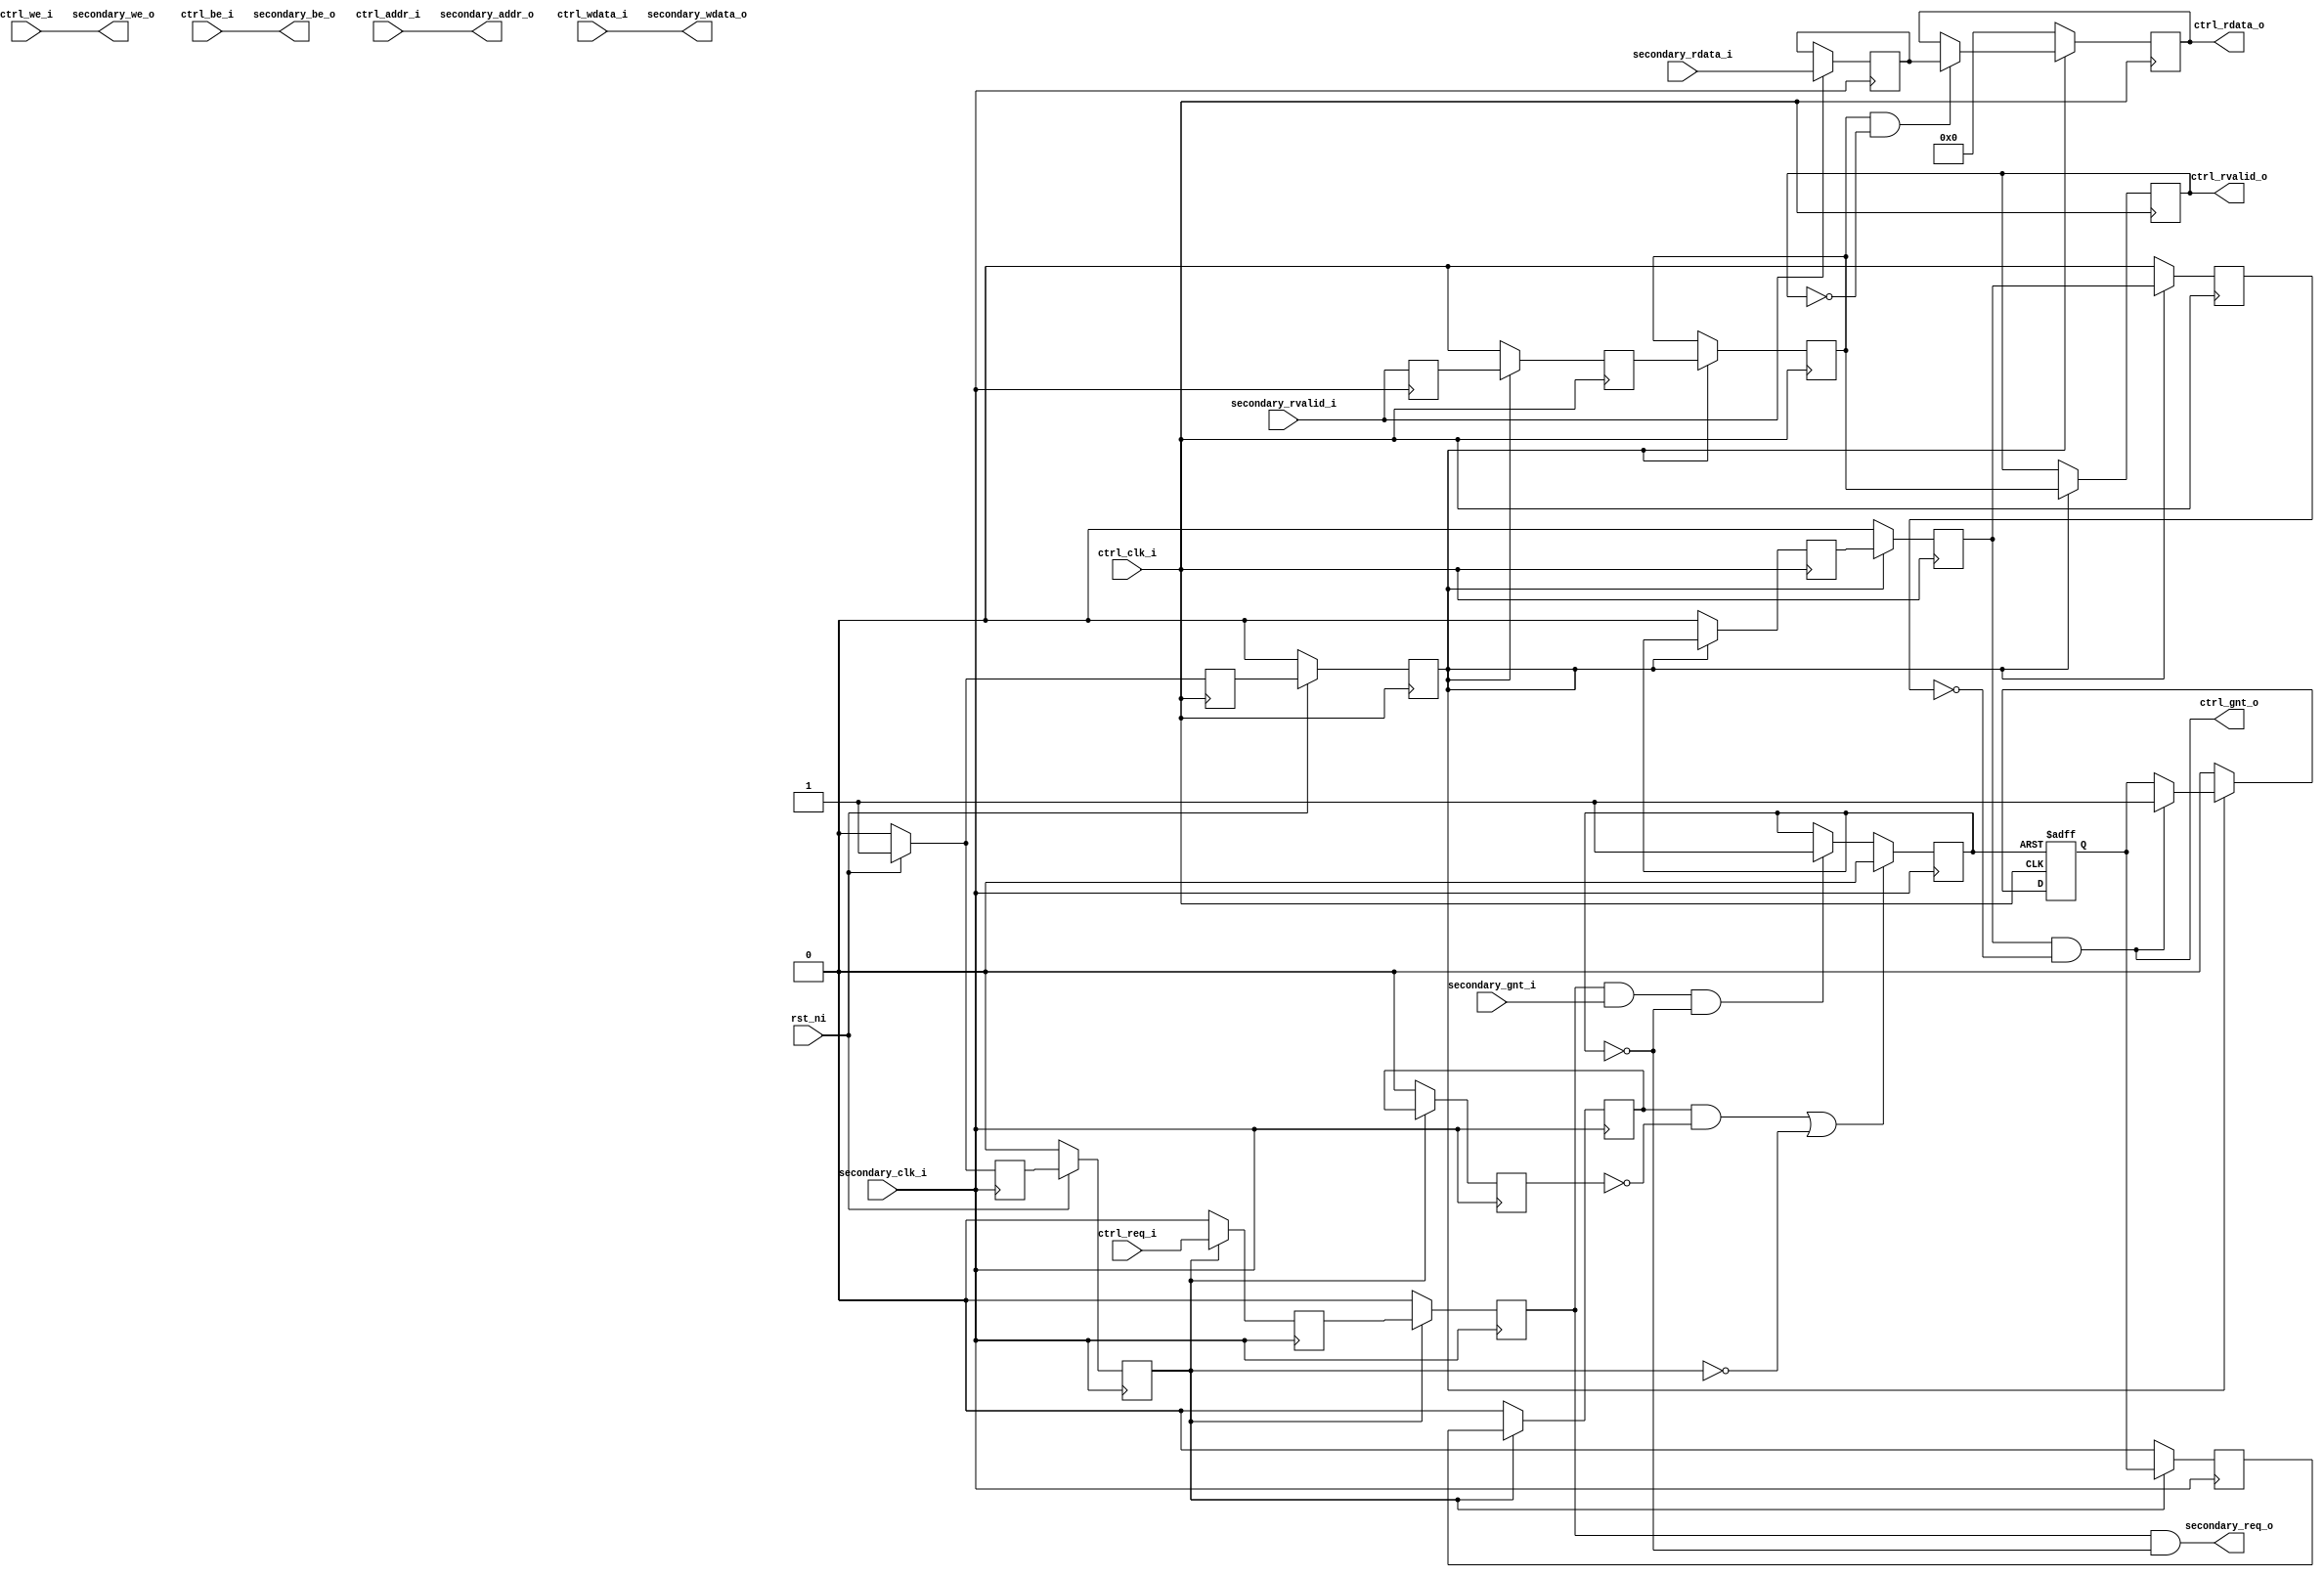
module obi_cdc_fast_primary (
    input               rst_ni,

    // Controller (Primary) OBI interface
    input               ctrl_clk_i,
    input               ctrl_req_i,
    output wire         ctrl_gnt_o,
    input        [31:0] ctrl_addr_i,
    input               ctrl_we_i,
    input        [3:0]  ctrl_be_i,
    input        [31:0] ctrl_wdata_i,
    output wire         ctrl_rvalid_o,
    output reg   [31:0] ctrl_rdata_o,

    // Peripheral (Secondary) OBI interface
    input               secondary_clk_i,
    output wire         secondary_req_o,
    input               secondary_gnt_i,
    output wire  [31:0] secondary_addr_o,
    output wire         secondary_we_o,
    output wire  [3:0]  secondary_be_o,
    output wire  [31:0] secondary_wdata_o,
    input               secondary_rvalid_i,
    input        [31:0] secondary_rdata_i
);
    
    reg gnt_in_flight,
        req_ff1, req_ff2,
        rvalid_buff, rvalid_ff1, rvalid_ff2, rvalid_ff3,
        gnt_ack, gnt_ack_ff1, gnt_ack_ff2, gnt_ack_ff3,
        gnt_ff1, gnt_ff2, gnt_ff3,
        rst_n_ctrl_ff1, rst_n_ctrl_ff2,
        rst_n_secondary_ff1, rst_n_secondary_ff2;

    reg [31:0] rdata_buff;

    /////////////////////////
    // Transaction Tracker //
    /////////////////////////

    /* This module must account for the latency between a transaction being
       acccepted by the secondary bus and the primary bus receiving a grant. */

    /* verilator lint_off SYNCASYNCNET */
    /* The above warning is intended to protect agains mixing sync and
       async reset signals, as a coding style. gnt_in_flight is not used in
       this way, so the warning is inappropriate. */

    always @(posedge secondary_clk_i) begin
        if ((gnt_ack_ff2 && !gnt_ack_ff3) || !rst_n_secondary_ff2)
            gnt_in_flight <= 'b0;
        else if (req_ff2 && secondary_gnt_i && !gnt_in_flight)
            gnt_in_flight <= 'b1;
    end

    always @(posedge ctrl_clk_i or negedge gnt_in_flight) begin
        if(!gnt_in_flight)
            gnt_ack <= 'b0;
        else if(!rst_n_ctrl_ff2)
            gnt_ack <= 'b0;
        else if(gnt_ff2 && !gnt_ff3)
            gnt_ack <= 'b1;
    end

    /* verilator lint_on SYNCASYNCNET */

    always @(posedge secondary_clk_i) begin
        if (!rst_n_secondary_ff2) begin
            gnt_ack_ff1 <= 'b0;
            gnt_ack_ff2 <= 'b0;
            gnt_ack_ff3 <= 'b0;
        end else begin
            gnt_ack_ff3 <= gnt_ack_ff2;
            gnt_ack_ff2 <= gnt_ack_ff1;
            gnt_ack_ff1 <= gnt_ack;
        end
    end

    ///////////////////////////
    // Secondary bus outputs //
    ///////////////////////////

    assign secondary_addr_o  = ctrl_addr_i;
    assign secondary_we_o    = ctrl_we_i;
    assign secondary_be_o    = ctrl_be_i;
    assign secondary_wdata_o = ctrl_wdata_i;
    assign secondary_req_o   = req_ff2 && !gnt_in_flight;

    always @(posedge secondary_clk_i) begin
        if (!rst_n_secondary_ff2) begin
            req_ff2 <= 'b0;
            req_ff1 <= 'b0;
        end else begin
            req_ff2 <= req_ff1;
            req_ff1 <= ctrl_req_i; 
        end
    end

    /////////////////////////
    // Primary bus outputs //
    /////////////////////////

    assign ctrl_gnt_o = gnt_ff2 && !gnt_ff3;
    assign ctrl_rvalid_o = rvalid_ff3;

    always @(posedge secondary_clk_i) begin
        if (secondary_rvalid_i) begin
            rdata_buff <= secondary_rdata_i;
        end
        rvalid_buff <= secondary_rvalid_i;
    end

    always @(posedge ctrl_clk_i) begin
        if (!rst_n_ctrl_ff2) begin
            gnt_ff3       <= 'b0;
            gnt_ff2       <= 'b0;
            gnt_ff1       <= 'b0;
            rvalid_ff1    <= 'b0;
            ctrl_rdata_o  <= 'b0;
        end else begin
            gnt_ff3       <= gnt_ff2;
            gnt_ff2       <= gnt_ff1;
            gnt_ff1       <= gnt_in_flight;
            rvalid_ff3    <= rvalid_ff2;
            rvalid_ff2    <= rvalid_ff1;
            rvalid_ff1    <= rvalid_buff;
            if (rvalid_ff2 && !rvalid_ff3)
                ctrl_rdata_o <= rdata_buff;
        end
    end

    /////////////////////////
    // Reset Synchronizers //
    /////////////////////////

    always @(posedge ctrl_clk_i) begin
        if (!rst_ni) begin
            rst_n_ctrl_ff2 <= 'b0;
            rst_n_ctrl_ff1 <= 'b0;
        end else begin
            rst_n_ctrl_ff2 <= rst_n_ctrl_ff1;
            rst_n_ctrl_ff1 <= 'b1;
        end
    end

    always @(posedge secondary_clk_i) begin
        if (!rst_ni) begin
            rst_n_secondary_ff2 <= 'b0;
            rst_n_secondary_ff1 <= 'b0;
        end else begin
            rst_n_secondary_ff2 <= rst_n_secondary_ff1;
            rst_n_secondary_ff1 <= 'b1;
        end
    end

endmodule